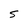
Character: S